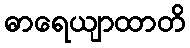
ဓာရေယျာထာတိ